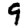
Digit: 9